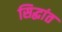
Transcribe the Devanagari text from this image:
सिद्धांत